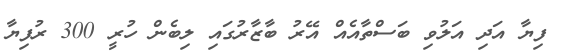
ފިޔާ އަދި އަލުވި ބަސްތާއެއް އޭރު ބާޒާރުގައި ލިބެން ހުރީ 300 ރުފިޔާ